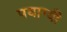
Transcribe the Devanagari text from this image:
पयाग्यी